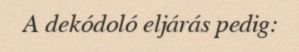
A dekódoló eljárás pedig: